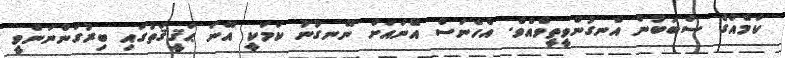
ކަމެއްގެ ސަބަބުން އެނގުންވީތީވެއެވެ. އެހެނަސް އޭނައަށް ނޭނގުނު ކަމަކީ އޭނަ ޙަޤީޤަތުގައި ބިރުގަންނަންވީ